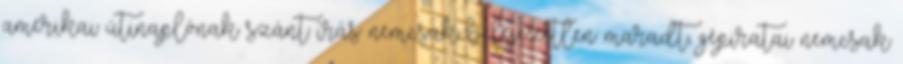
amerikai útinaplónak szánt írás nemcsak befejezetlen maradt, gépiratai nemcsak